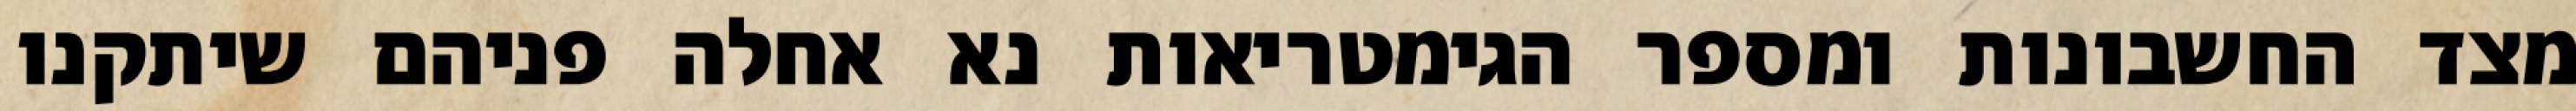
מצד החשבונות ומספר הגימטריאות נא אחלה פניהם שיתקנו